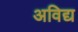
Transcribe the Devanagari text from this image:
अविद्य